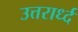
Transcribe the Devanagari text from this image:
उत्तरार्ध्द